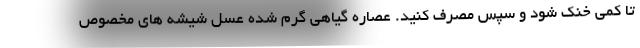
تا کمی خنک شود و سپس مصرف کنید. عصاره گیاهی گرم شده عسل شیشه های مخصوص